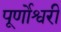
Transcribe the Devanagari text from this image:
पूर्णोश्वरी